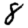
Digit: 8